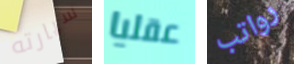
سيارته عقليا رواتب